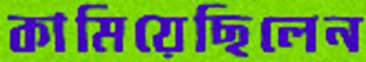
কামিয়েছিলেন